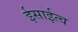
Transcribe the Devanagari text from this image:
ईसाईत्व